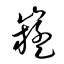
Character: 嶷